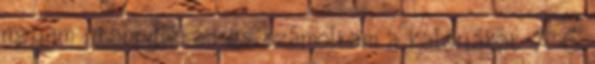
magam irtam diétát és számoltam a kalóriákat. A 6